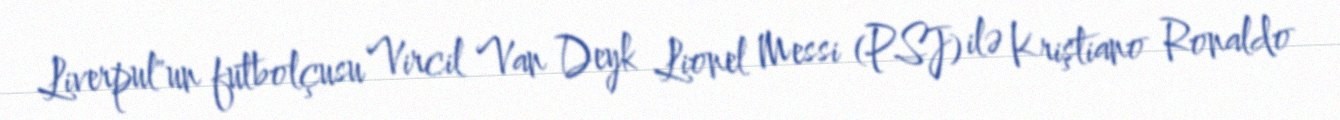
Liverpul"un futbolçusu Vircil Van Deyk Lionel Messi (PSJ) ilə Kriştiano Ronaldo